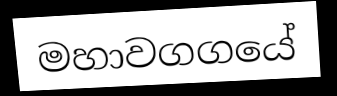
මහාවගගයේ